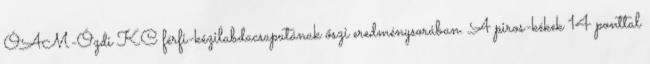
ÓAM-Ózdi KC férfi-kézilabdacsapatának őszi eredménysorában. A piros-kékek 14 ponttal